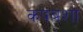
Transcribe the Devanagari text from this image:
कपबशा